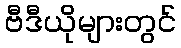
ဗီဒီယိုများတွင်